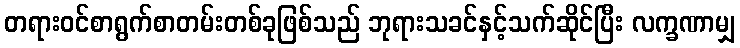
တရားဝင်စာရွက်စာတမ်းတစ်ခုဖြစ်သည် ဘုရားသခင်နှင့်သက်ဆိုင်ပြီး လက္ခဏာမျှ